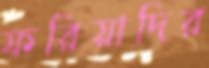
ফরিয়াদির